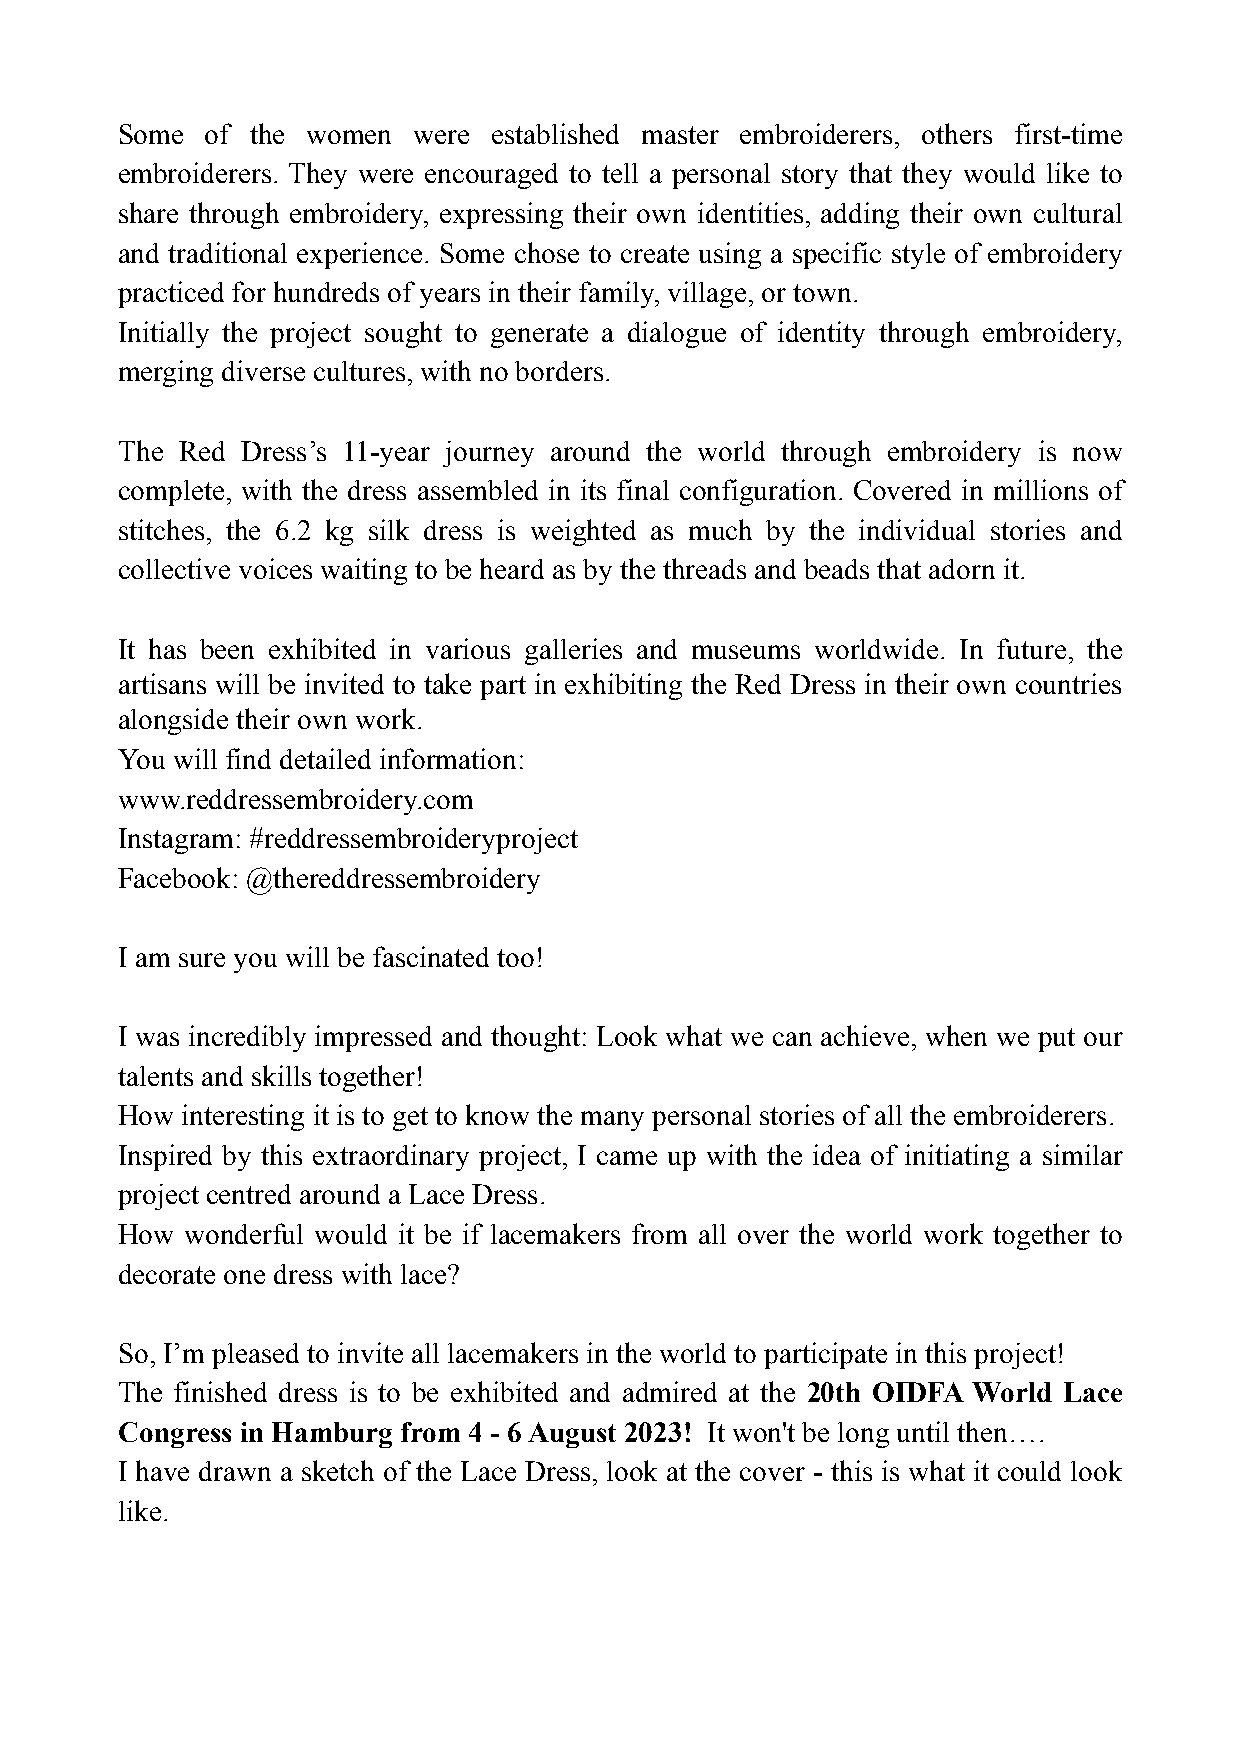
Some  of the women were established master embroiderers, others first-time
 embroiderers. They were encouraged to tell a personal story that they would like to
 share through embroidery, expressing their own identities, adding their own cultural
 and traditional experience. Some chose to create using a specific style of embroidery
 practiced for hundreds of years in their family, village, or town.
 Initially the project sought to generate a dialogue of identity through embroidery,
 merging diverse cultures, with no borders.
 The Red Dress’s 11-year journey around the world through embroidery is now
 complete, with the dress assembled in its final configuration. Covered in millions of
 stitches, the 6.2 kg silk dress is weighted as much by the individual stories and
 collective voices waiting to be heard as by the threads and beads that adorn it.
 It has been exhibited in various galleries and museums worldwide. In future, the
 artisans will be invited to take part in exhibiting the Red Dress in their own countries
 alongside their own work.
 You will find detailed information:
 www.reddressembroidery.com
 Instagram: #reddressembroideryproject
 Facebook: @thereddressembroidery
 I am sure you will be fascinated too!
 I was incredibly impressed and thought: Look what we can achieve, when we put our
 talents and skills together!
 How interesting it is to get to know the many personal stories of all the embroiderers.
 Inspired by this extraordinary project, I came up with the idea of initiating a similar
 project centred around a Lace Dress.
 How wonderful would it be if lacemakers from all over the world work together to
 decorate one dress with lace?
 So, I’m pleased to invite all lacemakers in the world to participate in this project!
 The finished dress is to be exhibited and admired at the 20th OIDFA World Lace
 Congress in Hamburg from 4 - 6 August 2023! It won't be long until then….
 I have drawn a sketch of the Lace Dress, look at the cover - this is what it could look
 like.